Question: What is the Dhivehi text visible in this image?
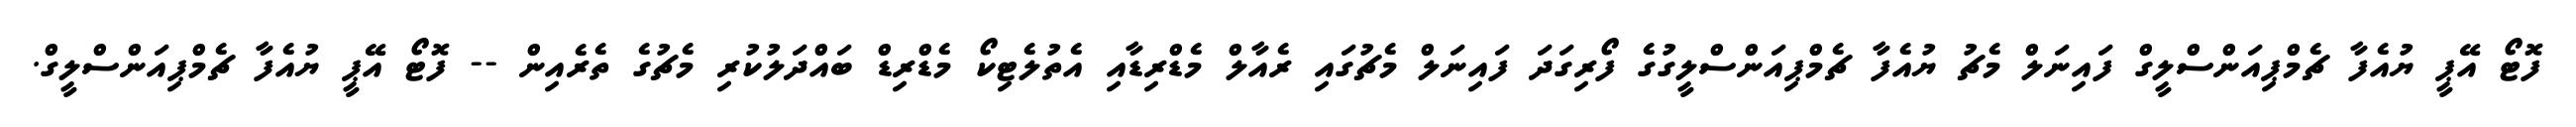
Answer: ފޮޓޯ އޭޕީ ޔުއެފާ ޗެމްޕިއަންސްލީގް ފައިނަލް މެޗު ޔުއެފާ ޗެމްޕިއަންސްލީގުގެ ފޯރިގަދަ ފައިނަލް މެޗުގައި ރެއާލް މެޑްރިޑާއި އެތުލެޓިކޯ މެޑްރިޑް ބައްދަލުކުރި މެޗުގެ ތެރެއިން -- ފޮޓޯ އޭޕީ ޔުއެފާ ޗެމްޕިއަންސްލީގް.